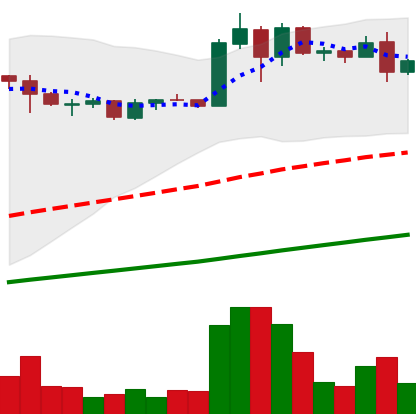
Ticker: ADA-USD
Chart end date: 2020-08-03
Forward return: 6.15%
Label: up_5_7